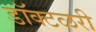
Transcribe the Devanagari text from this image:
डॉक्टळरी